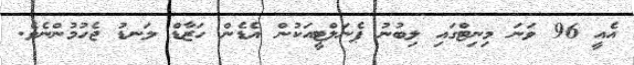
އެއީ 96 ވަނަ މިނިޓްގައި ލިބުނު ޕެނަލްޓީއަކުން އެޑެން ހަޒާޑް ލަނޑު ޖެހުމުންނެވެ.